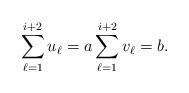
LaTeX: \begin{align*} \sum_{\ell=1}^{i+2} u_\ell=a \sum_{\ell=1}^{i+2} v_\ell=b. \end{align*}